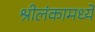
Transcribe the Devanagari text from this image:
श्रीलंकामध्ये